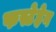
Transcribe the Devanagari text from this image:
फस्टेहेन